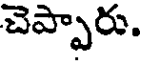
చెప్పారు.